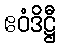
ဧဝံဒိဋ္ဌီ